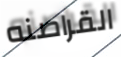
القراصنه